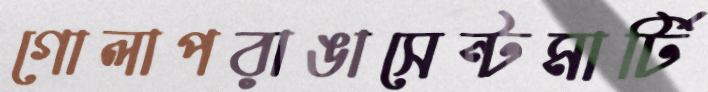
গোলাপরাঙাসেন্টমার্টি